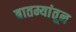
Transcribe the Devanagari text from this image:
बातम्यांतून